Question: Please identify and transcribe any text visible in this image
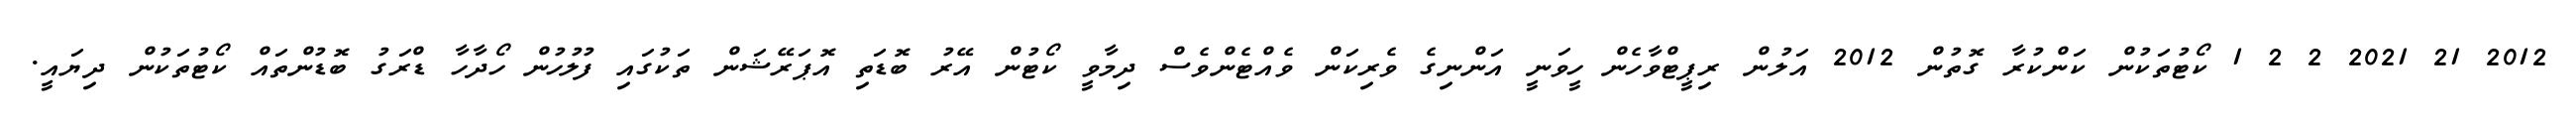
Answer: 2012 21 2021 2 2 1 ކޯޓުތަކުން ކަންކުރާ ގޮތުން 2012 އަލުން ރިޕީޓްވާހެން ހީވަނީ އަންނިގެ ވެރިކަން ވެއްޓެންވެސް ދިމާވީ ކޯޓުން އޭރު ބޮޑަތި އޮޕަރޭޝަން ތަކުގައި ފުލުހުން ހޯދާހާ ޑްރަގު ބޮޑުންތައް ކޯޓުތަކުން ދިޔައީ.